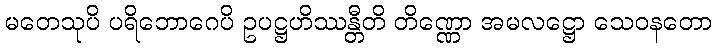
မတေသုပိ ပရိဘောဂေပိ ဥပဋ္ဌဟိဿန္တီတိ တိဏ္ဏော အမလဋ္ဌော သေဝနတော